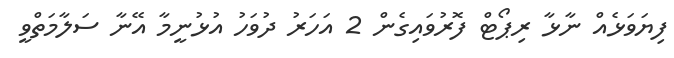
ފިޔަވަޅެއް ނާޅާ ރިޕޯޓް ފޮރުވައިގެން 2 އަހަރު ދުވަހު އުޅުނީމާ އޭނާ ސަލާމަތްވީ